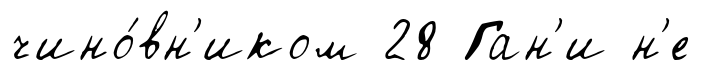
чино́вн'иком 28 Ган'и н'е